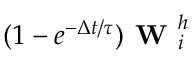
( 1 - e ^ { - \Delta t / \tau } ) \textbf { W } _ { i } ^ { h }